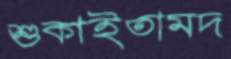
শুকাইতামদ